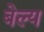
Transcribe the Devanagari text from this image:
बेल्य